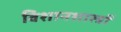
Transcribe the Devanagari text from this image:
विशानशास्त्रों